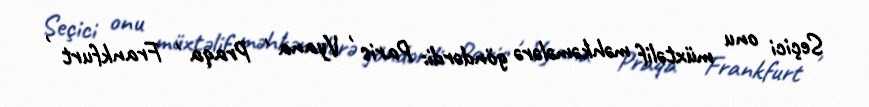
Seçici onu müxtəlif məhkəmələrə göndərdi: Paris , Vyana , Praqa , Frankfurt ,